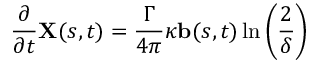
\frac { \partial } { \partial t } \mathbf { X } ( s , t ) = \frac { \Gamma } { 4 \pi } \kappa \mathbf { b } ( s , t ) \ln \bigg ( \frac { 2 } { \delta } \bigg )